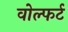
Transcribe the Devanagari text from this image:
वोल्फर्ट